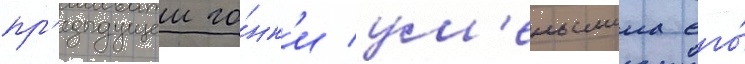
пр'едыдущеи го́нк'и ум'еньшила его́